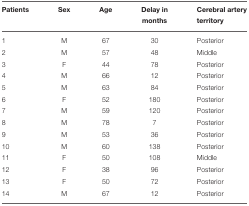
<table><thead><tr><td><b>Patients</b></td><td><b>Sex</b></td><td><b>Age</b></td><td><b>Delay in months</b></td><td><b>Cerebral artery territory</b></td></tr></thead><tbody><tr><td>1</td><td>M</td><td>67</td><td>30</td><td>Posterior</td></tr><tr><td>2</td><td>M</td><td>57</td><td>48</td><td>Middle</td></tr><tr><td>3</td><td>F</td><td>44</td><td>78</td><td>Posterior</td></tr><tr><td>4</td><td>M</td><td>66</td><td>12</td><td>Posterior</td></tr><tr><td>5</td><td>M</td><td>63</td><td>84</td><td>Posterior</td></tr><tr><td>6</td><td>F</td><td>52</td><td>180</td><td>Posterior</td></tr><tr><td>7</td><td>M</td><td>59</td><td>120</td><td>Posterior</td></tr><tr><td>8</td><td>M</td><td>78</td><td>7</td><td>Posterior</td></tr><tr><td>9</td><td>M</td><td>53</td><td>36</td><td>Posterior</td></tr><tr><td>10</td><td>M</td><td>60</td><td>138</td><td>Posterior</td></tr><tr><td>11</td><td>F</td><td>50</td><td>108</td><td>Middle</td></tr><tr><td>12</td><td>F</td><td>38</td><td>96</td><td>Posterior</td></tr><tr><td>13</td><td>F</td><td>50</td><td>72</td><td>Posterior</td></tr><tr><td>14</td><td>M</td><td>67</td><td>12</td><td>Posterior</td></tr></tbody></table>